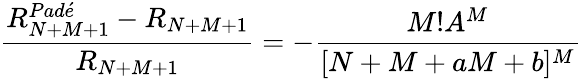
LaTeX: \frac{R_{N+M+1}^{Pad\acute{e}}-R_{N+M+1}}{R_{N+M+1}}=-\frac{M!A^{M}}{[N+M+aM+b]^{M}}